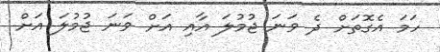
ހަމަ އެގޮތަށް ދެ ވަނަ ޖުމުލަ އާއި އަށް ވަނަ ޖުމުލަ އަށް